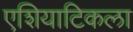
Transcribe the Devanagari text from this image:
एशियाटिकला